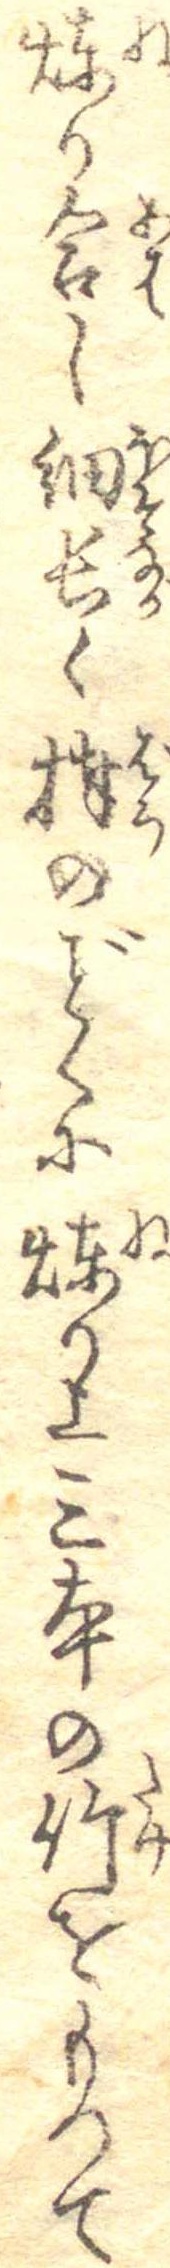
煉り合し細長く棒のくに煉り上三本の竹をもつて